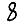
Digit: 8